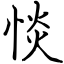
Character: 惔